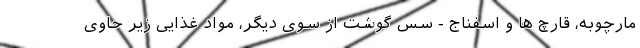
مارچوبه، قارچ ها و اسفناج - سس گوشت از سوی دیگر، مواد غذایی زیر حاوی